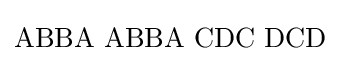
\mathrm {ABBA\,\,ABBA\,\,CDC\,\,DCD}